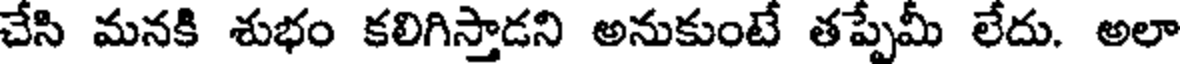
చేసి మనకి శుభం కలిగిస్తాడని అనుకుంటే తప్పేమీ లేదు. అలా